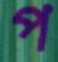
প